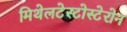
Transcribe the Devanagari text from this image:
मिथेलटेस्टोस्टेरोन